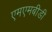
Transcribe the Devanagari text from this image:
एमएमबीडी